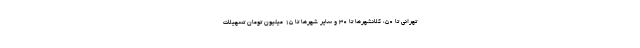
تهرانی تا ۵۰، کلانشهرها تا ۳۰ و سایر شهرها تا ۱۵ میلیون تومان تسهیلات